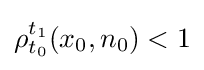
\rho _{t_{0}}^{t_{1}}(x_{0},n_{0})<1